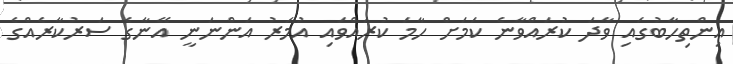
އިންތިހާބުގައި ވާދަ ކުރައްވާނެ ކަމަށް ހާމަ ކުރައްވައި އުމަރު އަންނަނީ އޭނާގެ ސަރުކާރެއްގެ